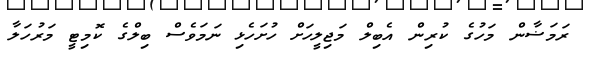
ރަމަޟާން މަހުގެ ކުރިން އެބިލް މަޖިލީހަށް ހުށަހެޅި ނަމަވެސް ބިލްގެ ކޮމިޓީ މަރުހަލާ